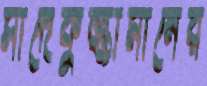
সাদেকুজ্জামানের